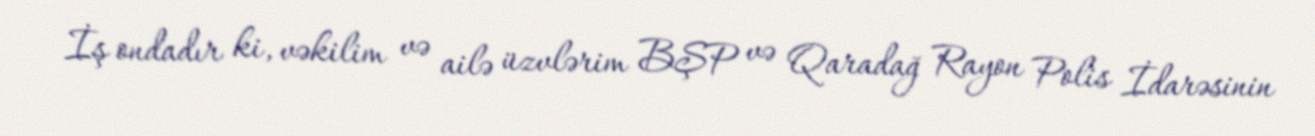
İş ondadır ki, vəkilim və ailə üzvlərim BŞP və Qaradağ Rayon Polis İdarəsinin